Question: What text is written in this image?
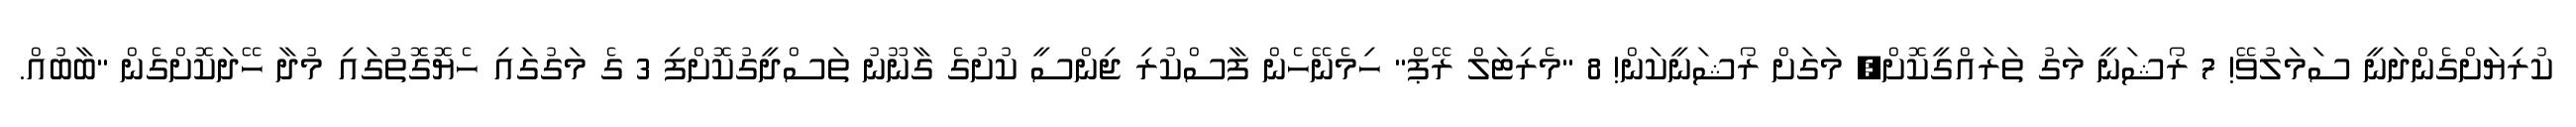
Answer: ކުރިޔަށްގެންދަނީ ސަމަލުވޭ! 7 ރޯޝަނީ މަގު ތަރައްގީކޮށް, މަގަށް ރޯޝަނީކަން! 8 "މެރިޓަލް ރޭޕް" ހިމެނޭހެން ފާސްކުރި ޖިންސީ ކުށުގެ ގާނޫނު ތަސްދީގުކޮށްފި 3 ގެ މަގުގައި ހެޔޮގޮތުގައި މުދާ ހޭދަކޮށްގެން "ބާބުއް.